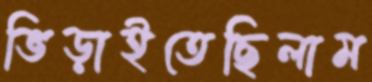
ভিড়াইতেছিলাম